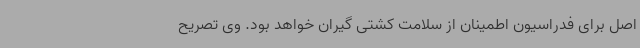
اصل برای فدراسیون اطمینان از سلامت کشتی گیران خواهد بود. وی تصریح